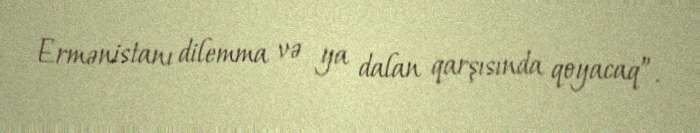
Ermənistanı dilemma və ya dalan qarşısında qoyacaq”.